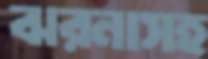
ঝরনাসহ